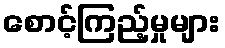
စောင့်ကြည့်မှုများ